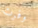
وفرت